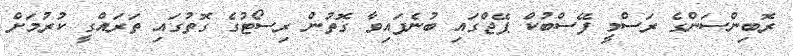
ރޮބިންސަންގެ ރަސްމީ ފޭސްބުކް ޕޭޖްގައި ބުނެފައިވާ ގޮތުން ރިސޯޓުގެ ގޮތުގައި ތަރައްގީ ކުރުމަށް